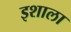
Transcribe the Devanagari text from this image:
इशाला